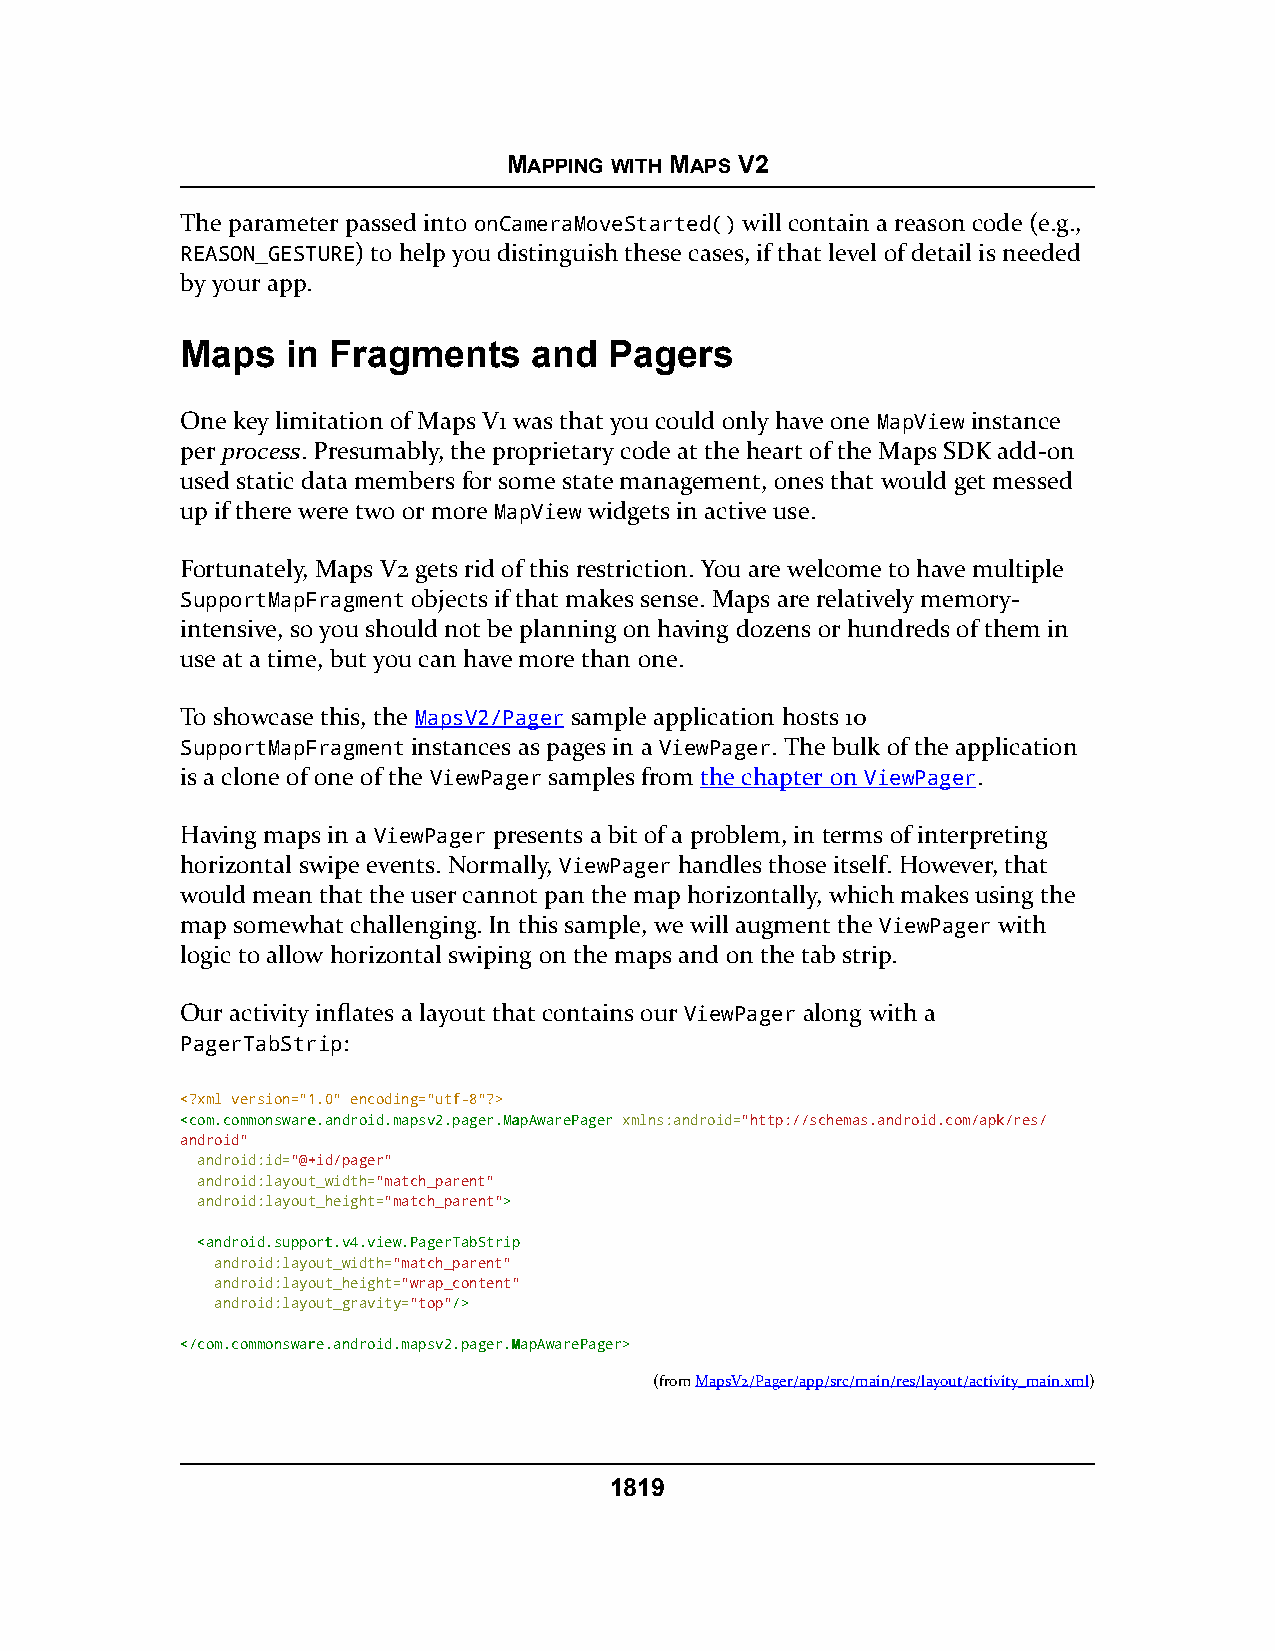
MAPPING WITH MAPS V2
 The parameter passed into onCameraMoveStarted() will contain a reason code (e.g.,
 REASON_GESTURE) to help you distinguish these cases, if that level of detail is needed
 by your app.
 Maps   in Fragments    and  Pagers
 One key limitation of Maps V1 was that you could only have one MapView instance
 per process. Presumably, the proprietary code at the heart of the Maps SDK add-on
 used static data members for some state management, ones that would get messed
 up if there were two or more MapView widgets in active use.
 Fortunately, Maps V2 gets rid of this restriction. You are welcome to have multiple
 SupportMapFragment objects if that makes sense. Maps are relatively memory-
 intensive, so you should not be planning on having dozens or hundreds of them in
 use at a time, but you can have more than one.
 To showcase this, the MapsV2/Pager sample application hosts 10
 SupportMapFragment instances as pages in a ViewPager. The bulk of the application
 is a clone of one of the ViewPager samples from the chapter on ViewPager.
 Having maps in a ViewPager presents a bit of a problem, in terms of interpreting
 horizontal swipe events. Normally, ViewPager handles those itself. However, that
 would mean that the user cannot pan the map horizontally, which makes using the
 map somewhat challenging. In this sample, we will augment the ViewPager with
 logic to allow horizontal swiping on the maps and on the tab strip.
 Our activity inflates a layout that contains our ViewPager along with a
 PagerTabStrip:
 <?xml version="1.0" encoding="utf-8"?>
 <<ccoomm..ccoommmmoonnsswwaarree..aannddrrooiidd..mmaappssvv22..ppaaggeerr..MMaappAAwwaarreePPaaggeerr xmlns:android="http://schemas.android.com/apk/res/
 android"
 android:id="@+id/pager"
 android:layout_width="match_parent"
 android:layout_height="match_parent">>
 <<aannddrrooiidd..ssuuppppoorrtt..vv44..vviieeww..PPaaggeerrTTaabbSSttrriipp
 android:layout_width="match_parent"
 android:layout_height="wrap_content"
 android:layout_gravity="top"//>>
 <<//ccoomm..ccoommmmoonnsswwaarree..aannddrrooiidd..mmaappssvv22..ppaaggeerr..MMaappAAwwaarreePPaaggeerr>>
 (fromMapsV2/Pager/app/src/main/res/layout/activity_main.xml)
 1819